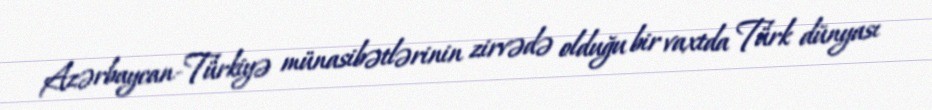
Azərbaycan-Türkiyə münasibətlərinin zirvədə olduğu bir vaxtda Türk dünyası